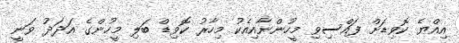
އިއްޔެ ކޮވިޑަށް ފައްސިވި މީހުންނާއިއެކު މިހާރު ކޮވިޑް ބަލި މީހުންގެ އަދަދު ވަނީ